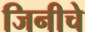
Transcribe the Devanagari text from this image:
जिनीचे